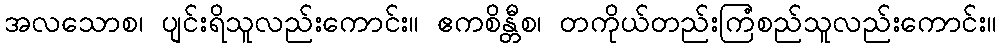
အလသောစ၊ ပျင်းရိသူလည်းကောင်း။ ဧကစိန္တီစ၊ တကိုယ်တည်းကြံစည်သူလည်းကောင်း။